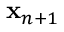
\mathbf { x } _ { n + 1 }